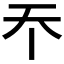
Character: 𡗘